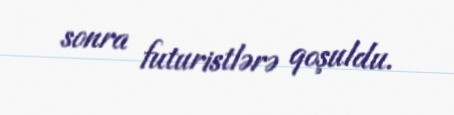
sonra futuristlərə qoşuldu.